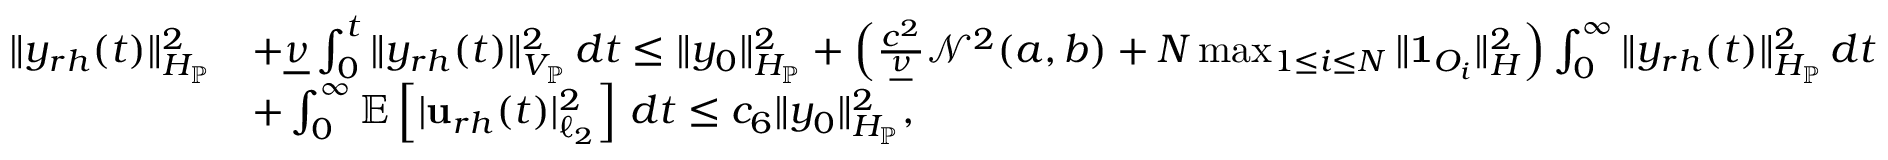
\begin{array} { r l } { \| y _ { r h } ( t ) \| _ { H _ { \mathbb { P } } } ^ { 2 } } & { + \underline { { \nu } } \int _ { 0 } ^ { t } \| y _ { r h } ( t ) \| _ { V _ { \mathbb { P } } } ^ { 2 } \, d t \leq \| y _ { 0 } \| _ { H _ { \mathbb { P } } } ^ { 2 } + \left( \frac { c ^ { 2 } } { \underline { { \nu } } } \mathcal { N } ^ { 2 } ( a , b ) + N \operatorname* { m a x } _ { 1 \leq i \leq N } \| \mathbf { 1 } _ { O _ { i } } \| _ { H } ^ { 2 } \right) \int _ { 0 } ^ { \infty } \| y _ { r h } ( t ) \| _ { H _ { \mathbb { P } } } ^ { 2 } \, d t } \\ & { + \int _ { 0 } ^ { \infty } \mathbb { E } \left[ | \mathbf { u } _ { r h } ( t ) | _ { \ell _ { 2 } } ^ { 2 } \right] \, d t \leq c _ { 6 } \| y _ { 0 } \| _ { H _ { \mathbb { P } } } ^ { 2 } , } \end{array}